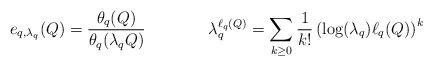
LaTeX: \begin{align*} & e_{q,\lambda_q}(Q) = \frac{\theta_q(Q)}{\theta_q(\lambda_q Q)} && \lambda_q^{\ell_q(Q)} = \sum_{ k \geq 0 } \frac{1}{k!} \left( \log(\lambda_q) \ell_q(Q) \right)^k \end{align*}